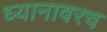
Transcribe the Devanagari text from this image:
ध्यानावरच